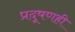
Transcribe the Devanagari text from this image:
प्रदूषणही